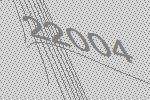
22004